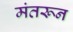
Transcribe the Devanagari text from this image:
मंतरून